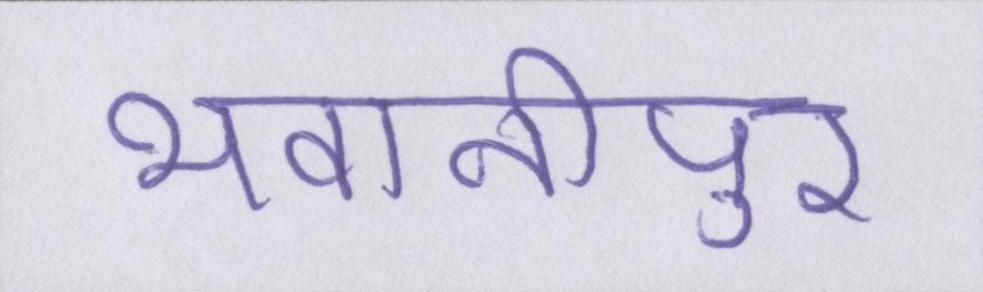
भवानीपुर